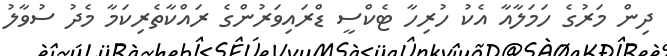
ދިން މަރުގެ ހަަމަލާއާ އެކު ހުރިހާ ޓެކްސީ ޑްރައިވަރުންގެ ރައްކާތެރިކަމާ މެދު ސުވާލު